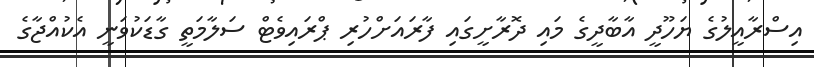
އިސްރާއީލުގެ ޔަހޫދީ އާބާދީގެ މައި ދޮރާށީގައި ފާރައަށްހުރި ޕްރައިވެޓް ސަލާމަތީ ގާޑަކުވަނީ އެކުއްޖާގެ